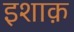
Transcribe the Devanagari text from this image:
इशाक़